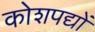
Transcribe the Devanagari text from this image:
कोशपद्यों